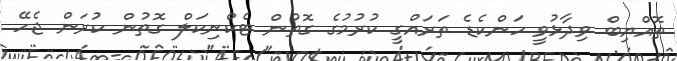
ތޮއްޔިބް ވިދާޅުވީ ހަންކެޑެ ތަރައްގީ ކުރުމުގެ ގޮތުން ޓެކްނިކަލް ގޮތުން ކުރަން ޖެހޭ